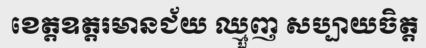
ខេត្តឧត្តរមានជ័យ ឈ្មួញ សប្បាយចិត្ត